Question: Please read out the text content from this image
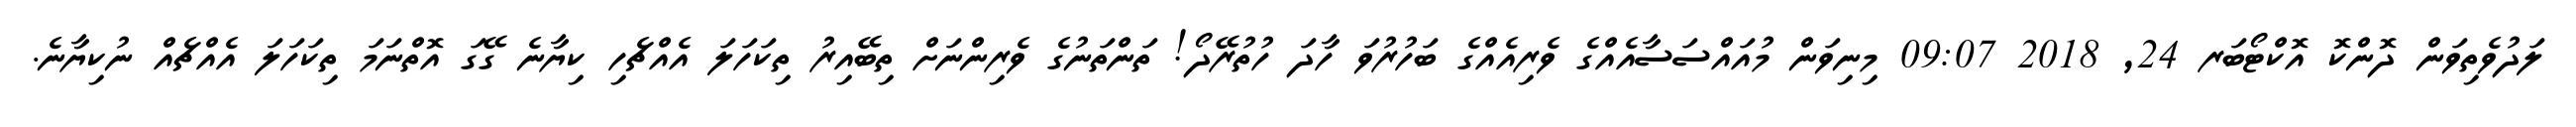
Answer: ލަދުވެތިވަން ދޮންކޮ އޮކްޓޯބަރ 24, 2018 09:07 މިނިވަން މުއައްސަސާއެއްގެ ވެރިއެއްގެ ބަހުރުވަ ހާދަ ހުތުރޭދޯ! ތަންތަނުގެ ވެރިންނަށް ތިބޭއިރު ތިކަހަލަ އެއްޗެހި ކިޔާނެ ގޭގަ އޮތްނަމަ ތިކަހަލަ އެއްޗެއް ނުކިޔާނެ.